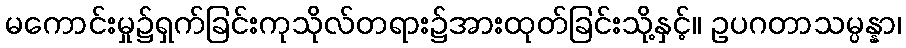
မကောင်းမှု၌ရှက်ခြင်းကုသိုလ်တရား၌အားထုတ်ခြင်းသို့နှင့်။ ဥပဂတာသမ္ပန္နာ၊